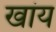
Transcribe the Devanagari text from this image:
खांय